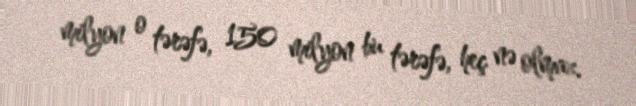
milyon o tərəfə, 150 milyon bu tərəfə, heç nə olmaz.